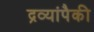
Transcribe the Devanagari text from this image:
द्रव्यांपैकी